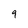
Character: 9